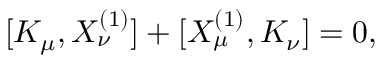
[ K _ { \mu } , X _ { \nu } ^ { ( 1 ) } ] + [ X _ { \mu } ^ { ( 1 ) } , K _ { \nu } ] = 0 ,